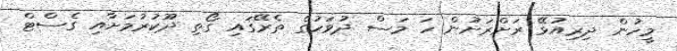
މީހުން ދިރިއުޅޭ ރަށްރަށުން ހަ މަސް ދުވަހުގެ ތެރޭގައި ގޯތި ދޫކުރުމަށާއި ގެސްޓް